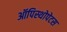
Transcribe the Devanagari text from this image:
ऑपिस्थोपेटस